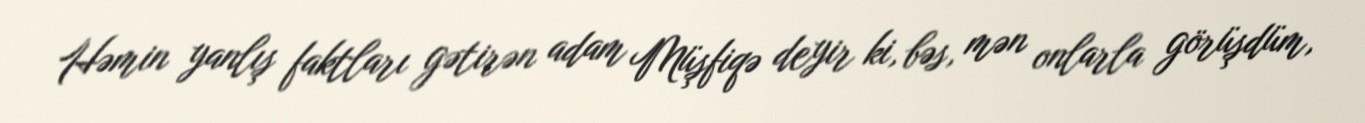
Həmin yanlış faktları gətirən adam Müşfiqə deyir ki, bəs, mən onlarla görüşdüm,